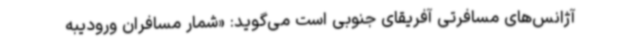
آژانس‌های مسافرتی آفریقای جنوبی است می‌گوید: «شمار مسافران ورودیبه